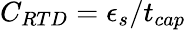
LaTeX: C_{RTD}=\epsilon_{s}/t_{cap}